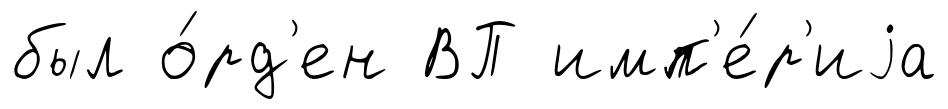
был о́рд'ен ВП имп'е́р'иjа